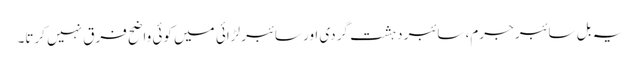
یہ بل سائبر جرم، سائبر دہشت گردی اور سائبر لڑائی میں کوئی واضح فرق نہیں کرتا۔